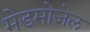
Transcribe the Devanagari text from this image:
मेडमोजेल